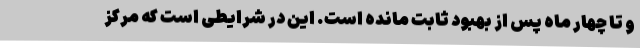
و تا چهار ماه پس از بهبود ثابت مانده است. این در شرایطی است که مرکز